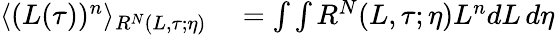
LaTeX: \begin{array}{rl}{\langle(L(\tau))^{n}\rangle_{R^{N}(L,\tau;\eta)}}&{{}=\int\int R^{N}(L,\tau;\eta)L^{n}dL\, d\eta}\end{array}